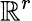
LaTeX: \mathbb{R}^{r}